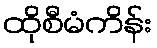
ထိုစီမံကိန်း